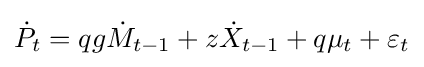
{\dot {P}}_{t}=qg{\dot {M}}_{t-1}+z{\dot {X}}_{t-1}+q\mu _{t}+\varepsilon _{t}